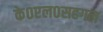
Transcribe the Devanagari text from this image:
के०एल०सहगल